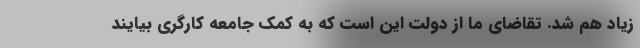
زیاد هم شد. تقاضای ما از دولت این است که به کمک جامعه کارگری بیایند